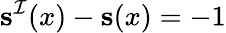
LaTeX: \mathbf{s}^{\mathcal{I}}(x)-\mathbf{s}(x)=-1